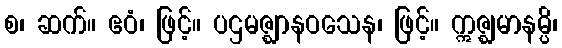
စ၊ ဆက်။ ဧဝံ၊ ဖြင့်။ ပဌမဇ္ဈာနဝသေန၊ ဖြင့်။ ဣဇ္ဈမာနမ္ပိ၊